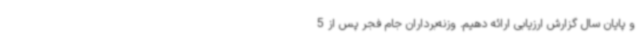
و پایان سال گزارش ارزیابی ارائه دهیم. وزنه‌برداران جام فجر پس از 5